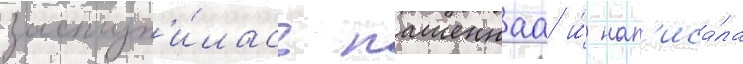
заступ'и́лась пашеннаа и́ нап'иса́ла